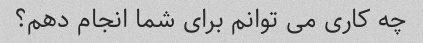
چه کاری می توانم برای شما انجام دهم؟